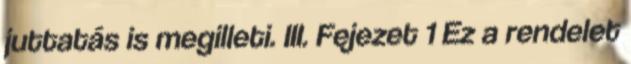
juttatás is megilleti. III. Fejezet 1 Ez a rendelet